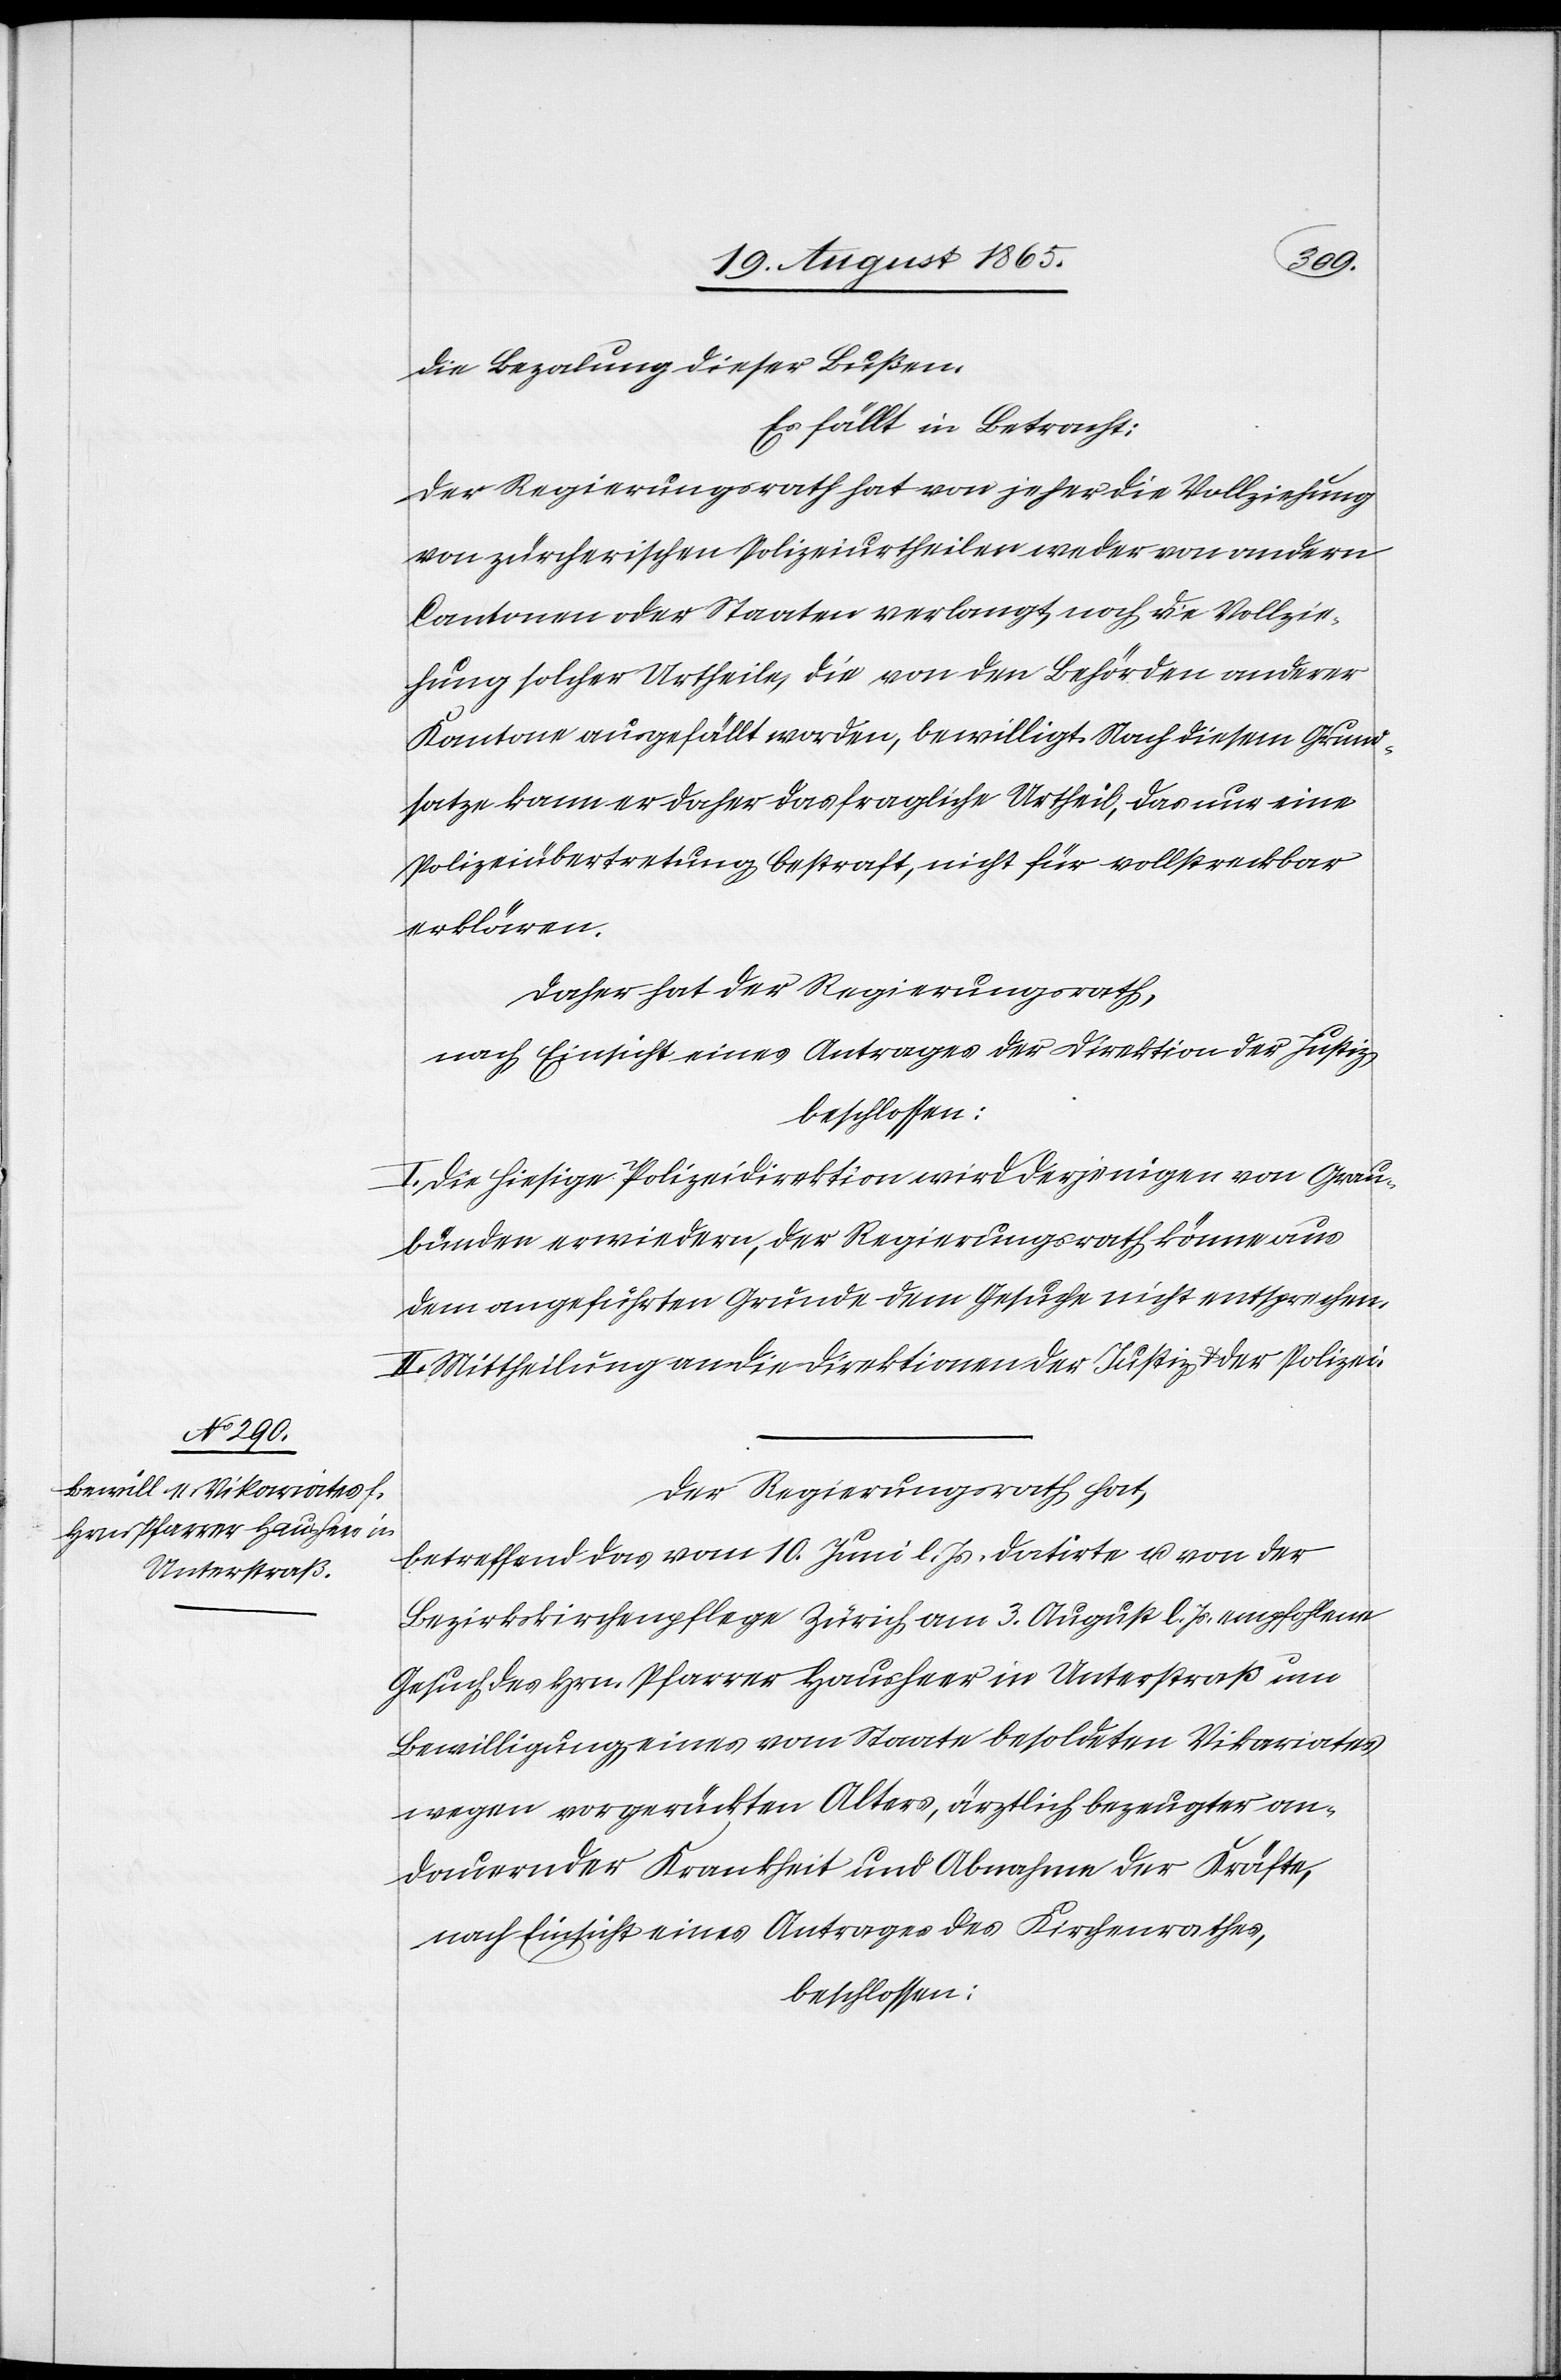
die Bezalung dieser Bußen.
Es fällt in Betracht:
Der Regierungsrath hat von jeher die Vollziehung
von zürcherischen Polizeiurtheilen weder von andern
Cantonen oder Staaten verlangt, noch die Vollzie¬
hung solcher Urtheile, die von den Behörden anderer
Kantone ausgefällt worden, bewilligt. Nach diesem Grund¬
satze kann er daher das fragliche Urtheil, das nur eine
Polizeiübertretung bestraft, nicht für vollstreckbar
erklären.
Daher hat der Regierungsrath,
nach Einsicht eines Antrages der Direktion der Justiz,
beschlossen:
I. Die hiesige Polizeidirektion wird derjenigen von Grau¬
bünden erwiedern, der Regierungsrath könne aus
dem angeführten Grunde dem Gesuche nicht entsprechen.
II. Mittheilung an die Direktion der Justiz u. der Polizei.
Der Regierungsrath hat,
betreffend das vom 10. Juni l. Js. datirte u. von der
Bezirkskirchenpflege Zürich am 3. August l. Js. empfohlene
Gesuch des Hrn. Pfarrer Hausheer in Unterstraß um
Bewilligung eines vom Staates besoldeten Vikariates
wegen vorgerückten Alters, ärztlich bezeugter an¬
dauernder Krankheit und Abnahme der Kräfte,
nach Einsicht eines Antrages des Kirchenrathes,
beschlossen: